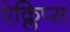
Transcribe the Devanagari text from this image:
ऐक्लिप्स